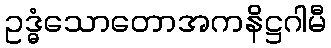
ဥဒ္ဓံသောတောအကနိဋ္ဌဂါမီ